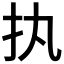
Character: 𢩾